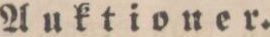
Auktioner.